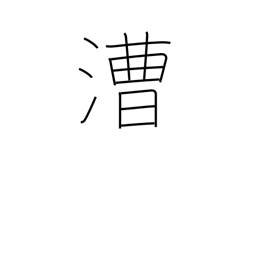
Meaning: rowing